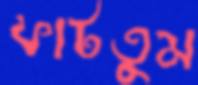
ফাটতুম